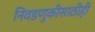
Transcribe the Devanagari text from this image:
निवडणुकीसाठीही